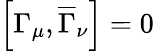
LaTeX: \left[\Gamma_{\mu},\overline{{{\Gamma}}}_{\nu}\right]=0